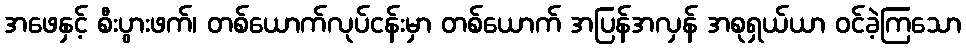
အဖေနှင့် စီးပွားဖက်၊ တစ်ယောက်လုပ်ငန်းမှာ တစ်ယောက် အပြန်အလှန် အစုရှယ်ယာ ဝင်ခဲ့ကြသော